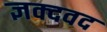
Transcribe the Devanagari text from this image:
ज्ञक्दवद